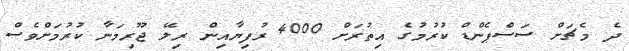
ދެ މެޗަށް ސަސްޕެންޑް ކުރުމުގެ އިތުރަށް 4000 ރުފިޔާއިން ރިލޭ ޖޫރިމަނާ ކުރުމަށްވެސް